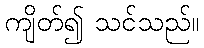
ကျိတ်၍ သင်သည်။